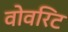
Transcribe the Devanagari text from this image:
वोवरिट